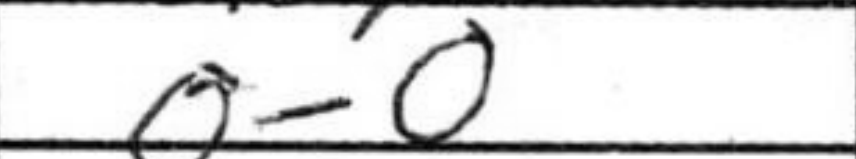
Transcription: O-O